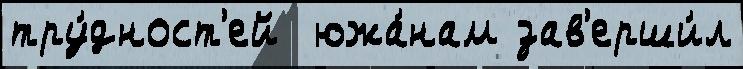
тру́дност'ей  южа́нам зав'ерши́л